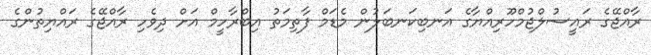
ރާއްޖޭގެ ރައީސުލްޖުމްހޫރިއްޔާގެ އަނބިކަނބަލުން މެޑަމް ފާތިމަތު އިބްރާހީމް އަށް ދިވެހި ރާއްޖޭގެ ރައްޔިތުންގެ